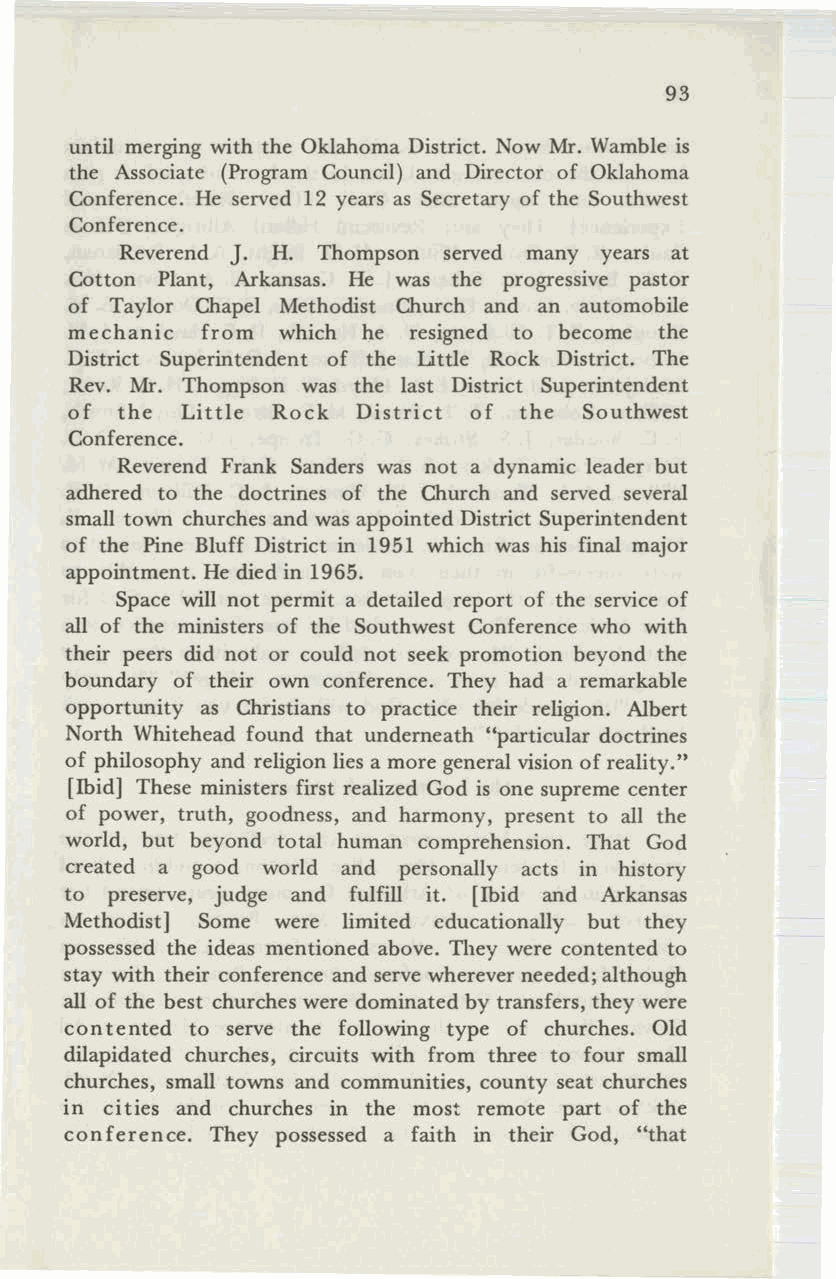
93
 until merging with the Oklahoma District. Now Mr. Wamble is
 the Associate (Program Council) and Director of Oklahoma
 Conference. He served 12 years as Secretary of the Southwest
 Conference.
 Reverend J. H. Thompson served many years at
 Cotton Plant, Arkansas. He was the progressive pastor
 of Taylor Chapel Methodist Church and an automobile
 mechanic from which he resigned to become the
 District Superintendent of the Little Rock District. The
 Rev. Mr. Thompson was the last District Superintendent
 of the Little Rock District of the Southwest
 Conference.
 Reverend Frank Sanders was not a dynamic leader but
 adhered to the doctrines of the Church and served several
 small town churches and was appointed District Superintendent
 of the Pine Bluff District in 1951 which was his final major
 appointment. He died in 1965.
 Space will not permit a detailed report of the service of
 all of the ministers of the Southwest Conference who with
 their peers did not or could not seek promotion beyond the
 boundary of their own conference. They had a remarkable
 opportunity as Christians to practice their religion. Albert
 North Whitehead found that underneath "particular doctrines
 of philosophy and religion lies a more general vision ofreality."
 [Ibid] These ministers first realized God is one supreme center
 of power, truth, goodness, and harmony, present to all the
 world, but beyond total human comprehension. That God
 created a good world and personally acts in history
 to preserve, judge and fulfill it. [Ibid and Arkansas
 Methodist] Some were limited educationally but they
 possessed the ideas mentioned above. They were contented to
 stay with their conference and serve wherever needed;although
 all of the best churches were dominated by transfers, they were
 contented to serve the following type of churches. Old
 dilapidated churches, circuits with from three to four small
 churches, small towns and communities, county seat churches
 in cities and churches in the most remote part of the
 conference. They possessed a faith in their God, "that